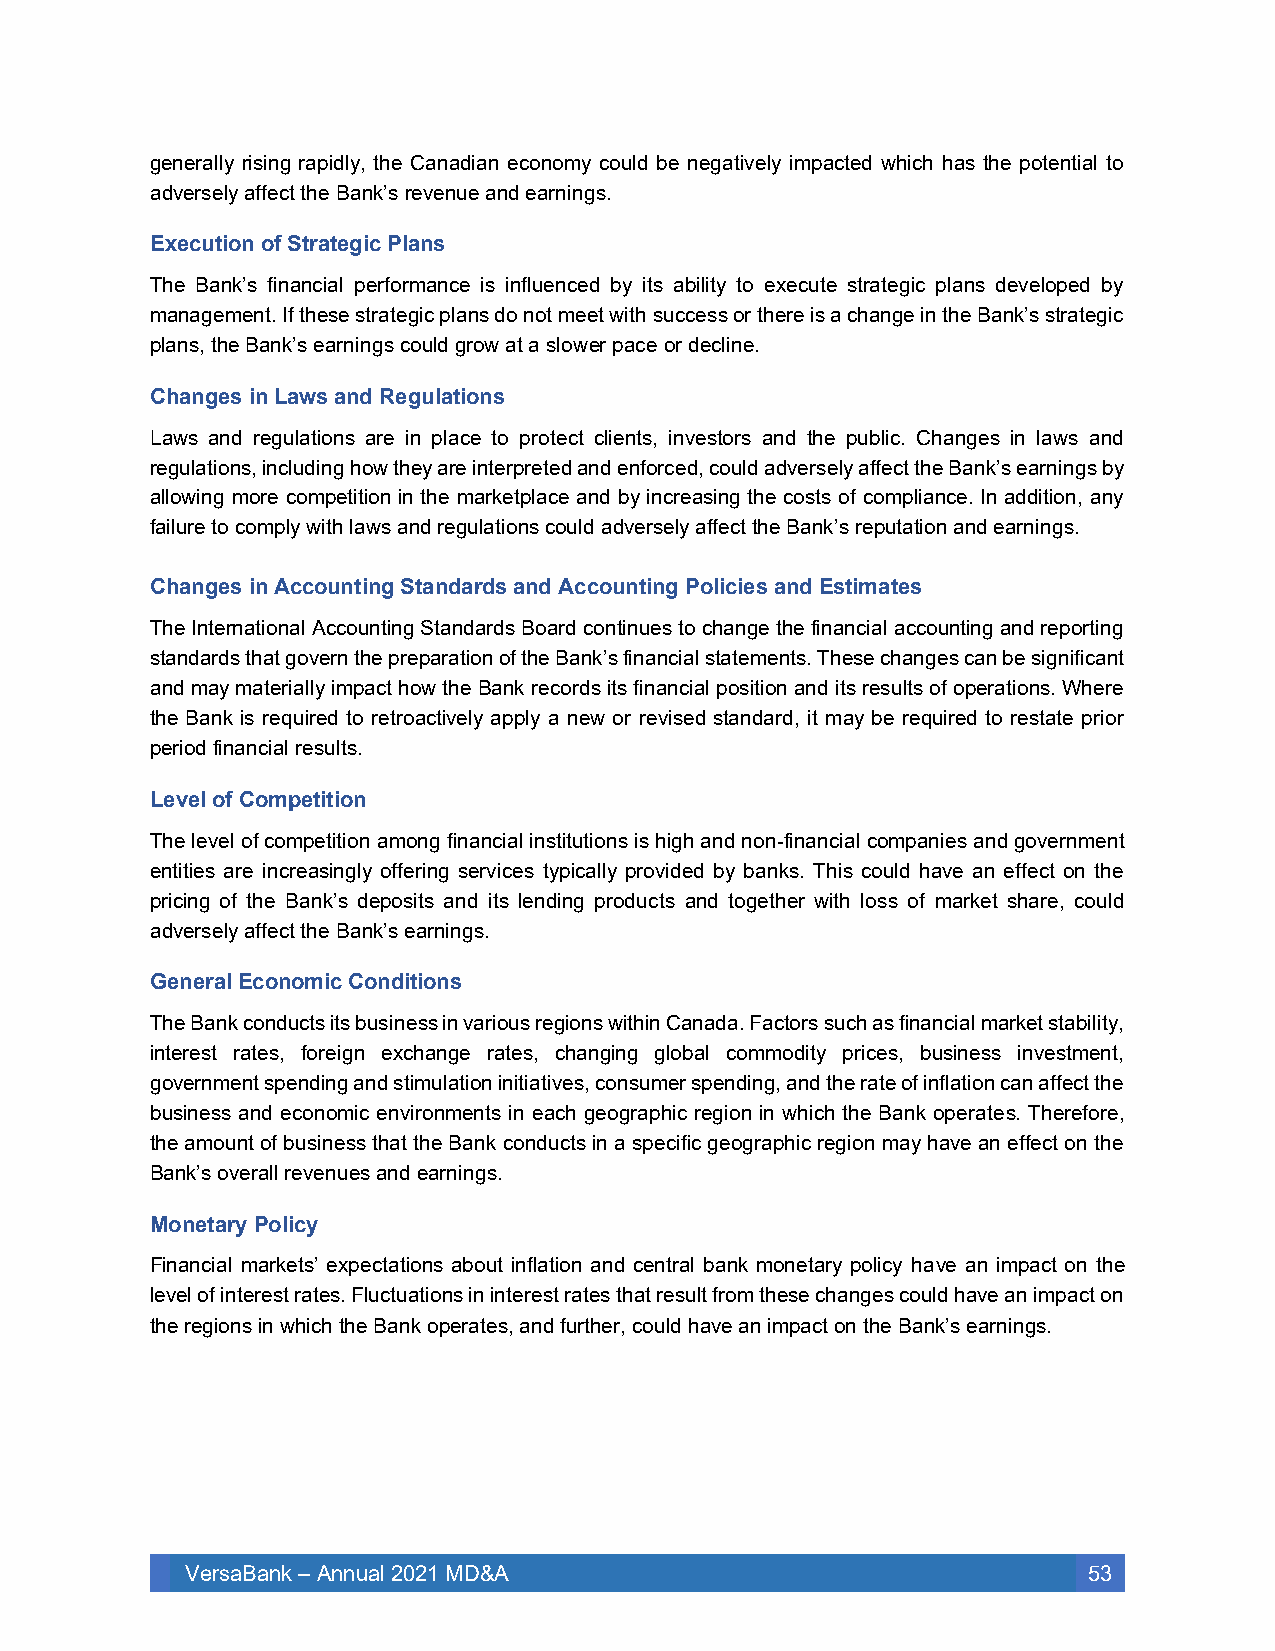
generally rising rapidly, the Canadian economy could be negatively impacted which has the potential to
 adversely affect the Bank’s revenue and earnings.
 Execution of Strategic Plans
 The Bank’s financial performance is influenced by its ability to execute strategic plans developed by
 management. If these strategic plans do not meet with success or there is a change in the Bank’s strategic
 plans, the Bank’s earnings could grow at a slower pace or decline.
 Changes in Laws and Regulations
 Laws and regulations are in place to protect clients, investors and the public. Changes in laws and
 regulations, including how they are interpreted and enforced, could adversely affect the Bank’s earnings by
 allowing more competition in the marketplace and by increasing the costs of compliance. In addition, any
 failure to comply with laws and regulations could adversely affect the Bank’s reputation and earnings.
 Changes in Accounting Standards and Accounting Policies and Estimates
 The International Accounting Standards Board continues to change the financial accounting and reporting
 standards that govern the preparation of the Bank’s financial statements. These changes can be significant
 and may materially impact how the Bank records its financial position and its results of operations. Where
 the Bank is required to retroactively apply a new or revised standard, it may be required to restate prior
 period financial results.
 Level of Competition
 The level of competition among financial institutions is high and non-financial companies and government
 entities are increasingly offering services typically provided by banks. This could have an effect on the
 pricing of the Bank’s deposits and its lending products and together with loss of market share, could
 adversely affect the Bank’s earnings.
 General Economic Conditions
 The Bank conducts its business in various regions within Canada. Factors such as financial market stability,
 interest rates, foreign exchange rates, changing global commodity prices, business investment,
 government spending and stimulation initiatives, consumer spending, and the rate of inflation can affect the
 business and economic environments in each geographic region in which the Bank operates. Therefore,
 the amount of business that the Bank conducts in a specific geographic region may have an effect on the
 Bank’s overall revenues and earnings.
 Monetary Policy
 Financial markets’ expectations about inflation and central bank monetary policy have an impact on the
 level of interest rates. Fluctuations in interest rates that result from these changes could have an impact on
 the regions in which the Bank operates, and further, could have an impact on the Bank’s earnings.
 VersaBank – Annual 2021 MD&A                                53